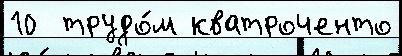
10  трудо́м кватроченто